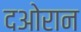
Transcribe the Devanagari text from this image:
दओरान